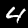
Label: 4